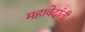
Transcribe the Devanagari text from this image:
महावेदांती